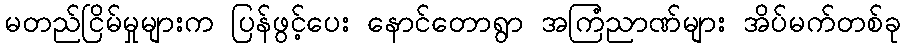
မတည်ငြိမ်မှုများက ပြန်ဖွင့်ပေး နောင်တောရွာ အကြံညာဏ်များ အိပ်မက်တစ်ခု